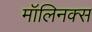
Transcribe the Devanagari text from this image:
मॉलिनक्स